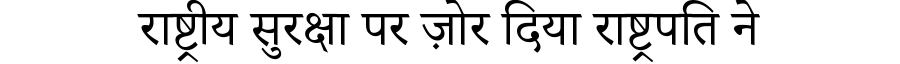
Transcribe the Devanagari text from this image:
राष्ट्रीय सुरक्षा पर ज़ोर दिया राष्ट्रपति ने